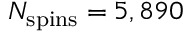
N _ { \mathrm { s p i n s } } = 5 , 8 9 0